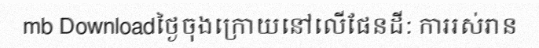
mb Downloadថ្ងៃចុងក្រោយនៅលើផែនដី: ការរស់រាន